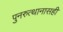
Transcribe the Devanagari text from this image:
पुनरुत्थानासही